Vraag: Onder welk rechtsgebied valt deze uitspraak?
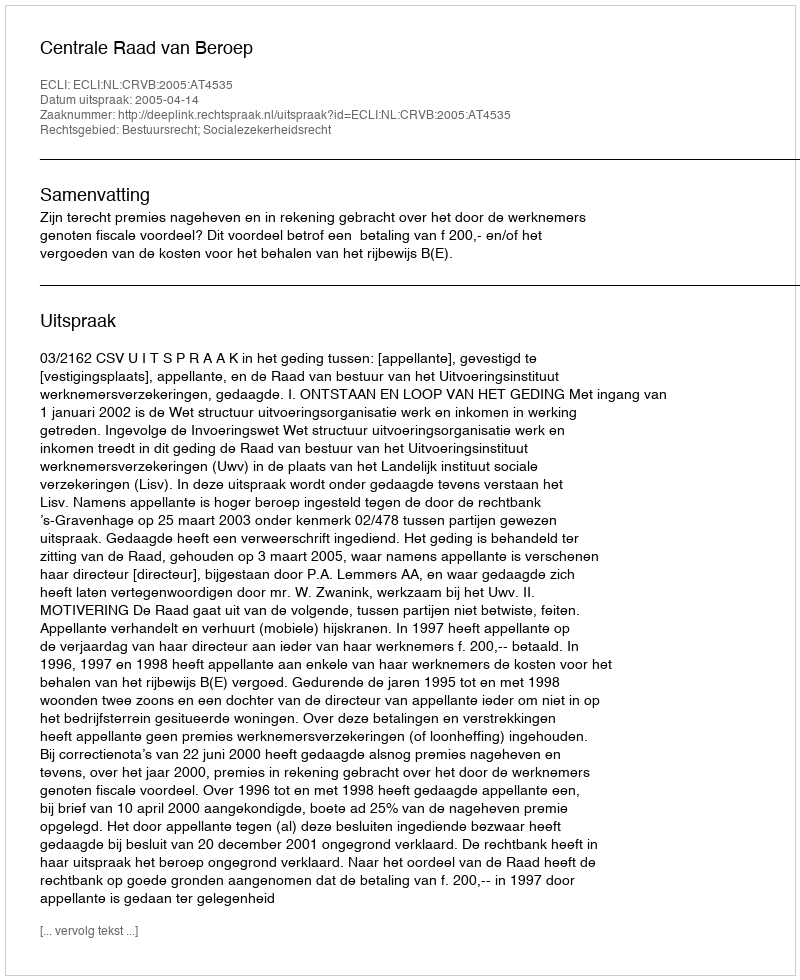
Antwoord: Bestuursrecht; Socialezekerheidsrecht